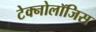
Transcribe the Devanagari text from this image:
टेक्नोलॉजिस